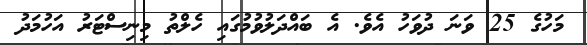
މަހުގެ 25 ވަނަ ދުވަހު އެވެ. އެ ބައްދަލުވުމުގައި ހެލްތު މިނިސްޓަރު އަހުމަދު